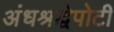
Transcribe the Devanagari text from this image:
अंधश्रद्धेपोटी